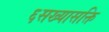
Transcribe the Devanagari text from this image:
६सख्यासक्ति